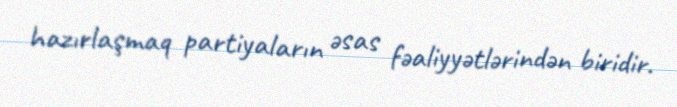
hazırlaşmaq partiyaların əsas fəaliyyətlərindən biridir.